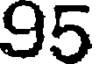
95